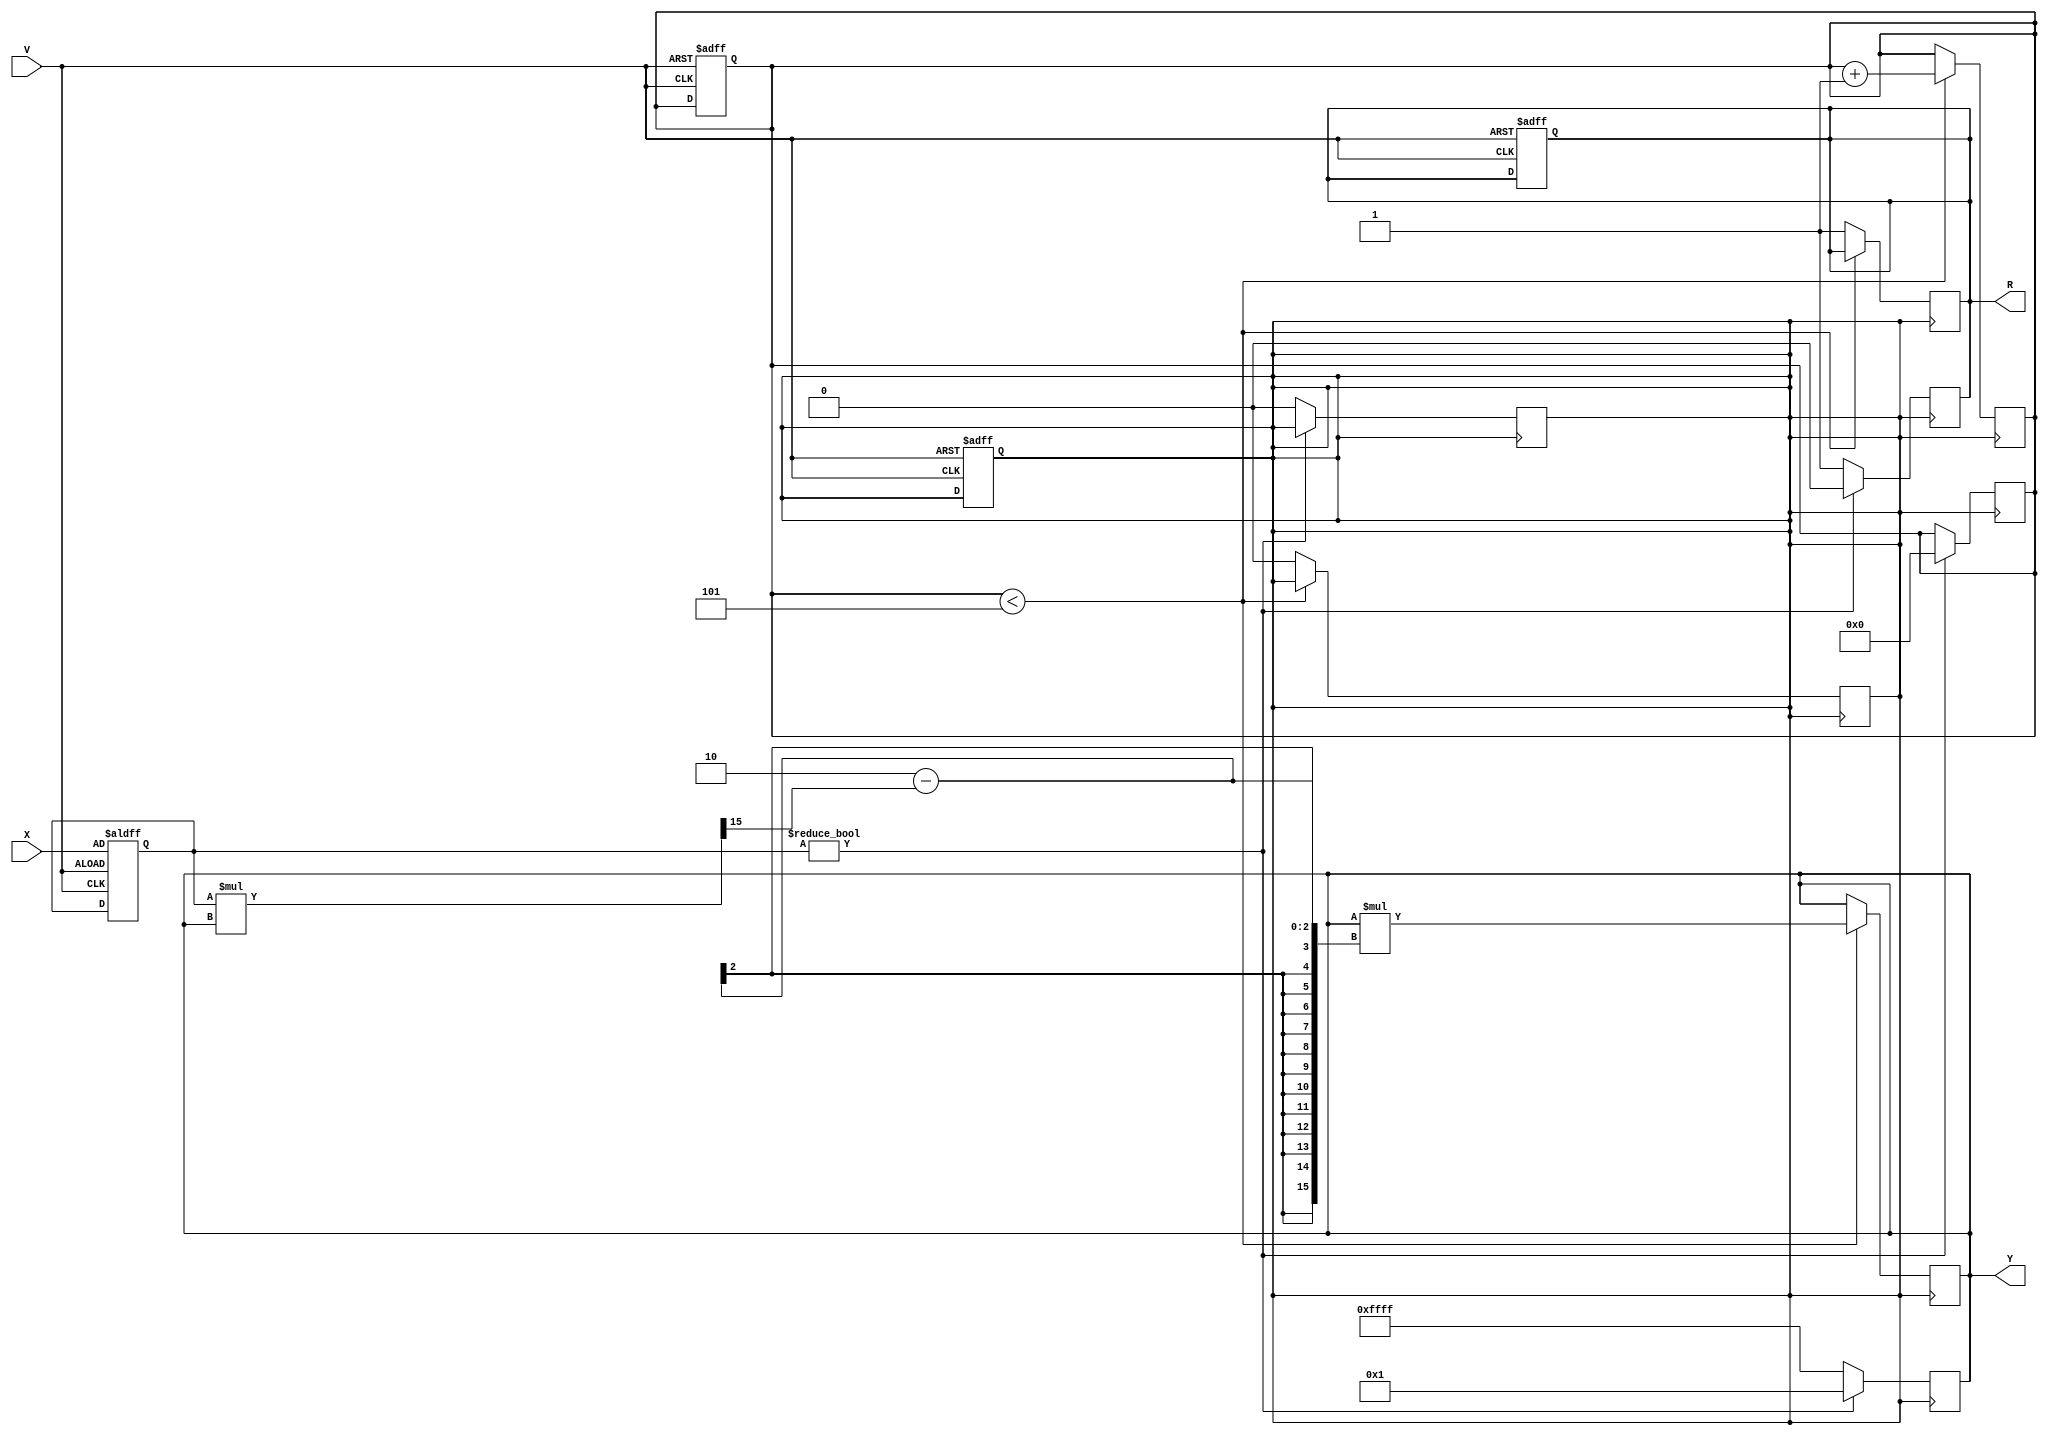
module DirectReciprocalUnit (
    input wire [15:0] X,      // Input data (16-bit fixed-point)
    input wire V,             // Valid signal
    output reg [15:0] Y,      // Reciprocal output (16-bit fixed-point)
    output reg R              // Ready signal
);

    reg [15:0] input_data;
    reg [3:0] iteration_count; // Number of iterations for Newton-Raphson
    reg valid_input;

    // Constants for Newton-Raphson
    parameter [15:0] ONE = 16'h0001; // 1 in fixed-point
    parameter [15:0] MAX_ITER = 4'd5; // Maximum iterations

    always @(posedge V or negedge V) begin
        if (V) begin
            input_data <= X;
            valid_input <= 1'b1;
            iteration_count <= 0;
            R <= 1'b0; // Reset ready signal
        end
    end

    always @(posedge valid_input) begin
        if (input_data != 0) begin
            // Initial guess for reciprocal
            Y <= ONE; // Start with 1 as the initial guess
            iteration_count <= 0;
            R <= 1'b0; // Reset ready signal
        end else begin
            Y <= 16'hFFFF; // Handle division by zero case
            R <= 1'b1; // Set ready signal for error
            valid_input <= 1'b0; // Reset valid input
        end
    end

    always @(posedge valid_input) begin
        if (iteration_count < MAX_ITER) begin
            // Newton-Raphson iteration: Y(n+1) = Y(n) * (2 - X * Y(n))
            Y <= Y * (16'h0002 - (input_data * Y >> 15)); // Shift right for fixed-point adjustment
            iteration_count <= iteration_count + 1;
        end else begin
            R <= 1'b1; // Set ready signal when done
            valid_input <= 1'b0; // Reset valid input
        end
    end

endmodule